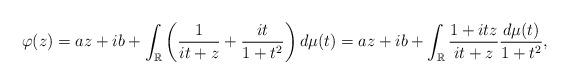
LaTeX: \begin{align*}\varphi(z) = az+ib+ \int_\mathbb{R} \left(\frac{1}{it+z}+\frac{it}{1+t^2}\right) d\mu(t) = az+ib + \int_\mathbb{R} \frac{1+itz}{it+z} \frac{d\mu(t)}{1+t^2},\end{align*}